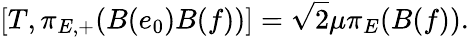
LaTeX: [T,\pi_{E,+}(B(e_{0})B(f))]=\sqrt{2}\mu\pi_{E}(B(f)).